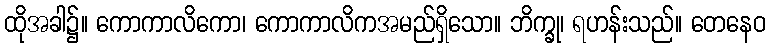
ထိုအခါ၌။ ကောကာလိကော၊ ကောကာလိကအမည်ရှိသော။ ဘိက္ခု၊ ရဟန်းသည်။ တေနေဝ